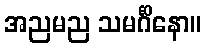
အညမည သမင်္ဂိနော။